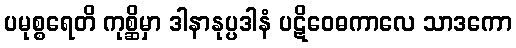
ပမုစ္စရေတိ ကုစ္ဆိမှာ ဒါနာနုပ္ပဒါနံ ပဋိဝေဓကာလေ သာဒကော